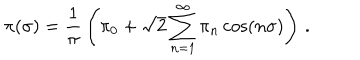
LaTeX: \pi ( \sigma ) = { \frac { 1 } { \pi } } \left( \pi _ { 0 } + { \sqrt { 2 } } \sum _ { n = 1 } ^ { \infty } \pi _ { n } \cos ( n \sigma ) \right) \, .